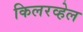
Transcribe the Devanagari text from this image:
किलरव्हेल